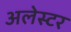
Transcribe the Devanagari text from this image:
अलेस्टर